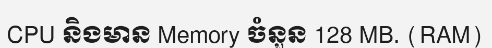
CPU និងមាន Memory ចំនួន 128 MB. (RAM)